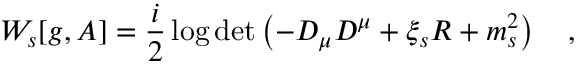
W _ { s } [ g , A ] = \frac i 2 \log \operatorname * { d e t } \left( - D _ { \mu } D ^ { \mu } + \xi _ { s } R + m _ { s } ^ { 2 } \right) ~ ~ ~ ,